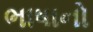
ભાષાનો